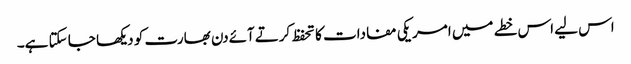
اس لیے اس خطے میں امریکی مفادات کا تحفظ کرتےآئےدن بھارت کو دیکھا جا سکتا ہے۔